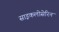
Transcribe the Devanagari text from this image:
साइकलोसेरिन